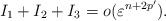
\begin{align*}I_{1}+I_{2}+I_{3}=o(\varepsilon^{n+2p^{\prime}}).\end{align*}